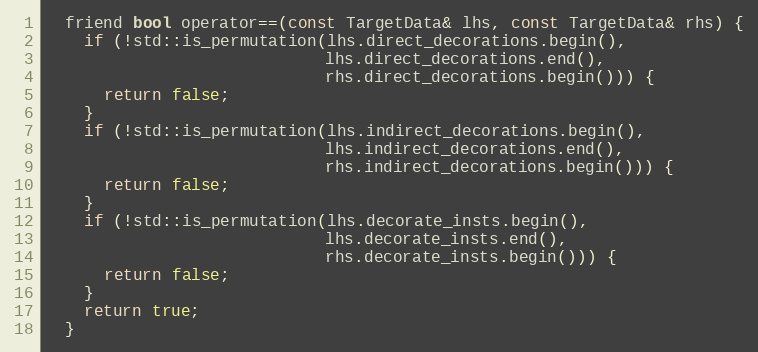
Language: C
  friend bool operator==(const TargetData& lhs, const TargetData& rhs) {
    if (!std::is_permutation(lhs.direct_decorations.begin(),
                             lhs.direct_decorations.end(),
                             rhs.direct_decorations.begin())) {
      return false;
    }
    if (!std::is_permutation(lhs.indirect_decorations.begin(),
                             lhs.indirect_decorations.end(),
                             rhs.indirect_decorations.begin())) {
      return false;
    }
    if (!std::is_permutation(lhs.decorate_insts.begin(),
                             lhs.decorate_insts.end(),
                             rhs.decorate_insts.begin())) {
      return false;
    }
    return true;
  }